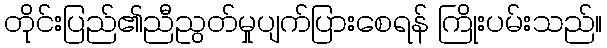
တိုင်းပြည်၏ညီညွတ်မှုပျက်ပြားစေရန် ကြိုးပမ်းသည်။